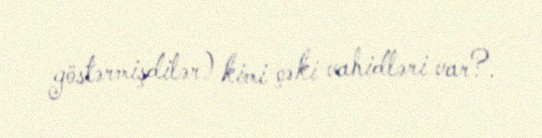
göstərmişdilər) kimi çəki vahidləri var?.